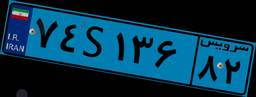
۷۴S۱۳۶۸۲